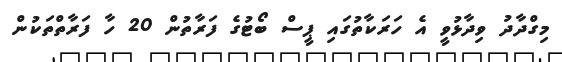
މިގްދާދު ވިދާޅުވީ އެ ހަރަކާތުގައި ޕީސް ބޯޓުގެ ފަރާތުން 20 ހާ ފަރާތްތަކުން